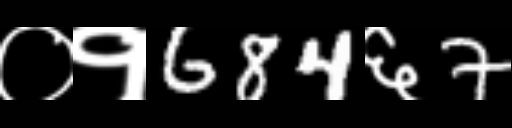
Text: ०१684६7